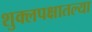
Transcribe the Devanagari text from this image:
शुक्लपक्षातल्या